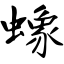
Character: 蟓